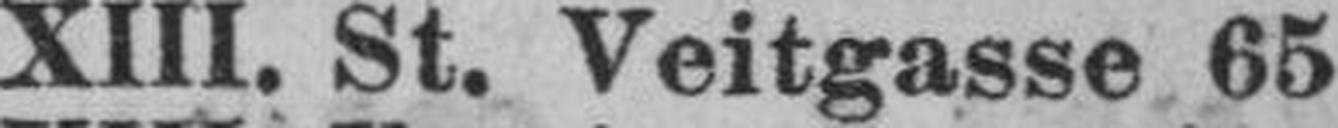
XIII. St. Veitgasse 65